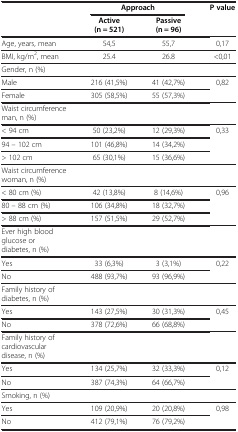
<table><thead><tr><td><b> </b></td><td colspan="2"><b>Approach</b></td><td><b>P value</b></td></tr><tr><td><b> </b></td><td><b>Active (n = 521)</b></td><td><b>Passive (n = 96)</b></td><td><b> </b></td></tr></thead><tbody><tr><td>Age, years, mean</td><td>54,5</td><td>55,7</td><td>0,17</td></tr><tr><td>BMI, kg/m<sup>2</sup>, mean</td><td>25.4</td><td>26.8</td><td>&lt;0,01</td></tr><tr><td>Gender, n (%)</td><td> </td><td> </td><td> </td></tr><tr><td>Male</td><td>216 (41,5%)</td><td>41 (42,7%)</td><td>0,82</td></tr><tr><td>Female</td><td>305 (58,5%)</td><td>55 (57,3%)</td><td> </td></tr><tr><td>Waist circumference man, n (%)</td><td> </td><td> </td><td> </td></tr><tr><td>&lt; 94 cm</td><td>50 (23,2%)</td><td>12 (29,3%)</td><td>0,33</td></tr><tr><td>94 – 102 cm</td><td>101 (46,8%)</td><td>14 (34,2%)</td><td> </td></tr><tr><td>&gt; 102 cm</td><td>65 (30,1%)</td><td>15 (36,6%)</td><td> </td></tr><tr><td>Waist circumference woman, n (%)</td><td> </td><td> </td><td> </td></tr><tr><td>&lt; 80 cm (%)</td><td>42 (13,8%)</td><td>8 (14,6%)</td><td>0,96</td></tr><tr><td>80 – 88 cm (%)</td><td>106 (34,8%)</td><td>18 (32,7%)</td><td> </td></tr><tr><td>&gt; 88 cm (%)</td><td>157 (51,5%)</td><td>29 (52,7%)</td><td> </td></tr><tr><td>Ever high blood glucose or diabetes, n (%)</td><td> </td><td> </td><td> </td></tr><tr><td>Yes</td><td>33 (6,3%)</td><td>3 (3,1%)</td><td>0,22</td></tr><tr><td>No</td><td>488 (93,7%)</td><td>93 (96,9%)</td><td> </td></tr><tr><td>Family history of diabetes, n (%)</td><td> </td><td> </td><td> </td></tr><tr><td>Yes</td><td>143 (27,5%)</td><td>30 (31,3%)</td><td>0,45</td></tr><tr><td>No</td><td>378 (72,6%)</td><td>66 (68,8%)</td><td> </td></tr><tr><td>Family history of cardiovascular disease, n (%)</td><td> </td><td> </td><td> </td></tr><tr><td>Yes</td><td>134 (25,7%)</td><td>32 (33,3%)</td><td>0,12</td></tr><tr><td>No</td><td>387 (74,3%)</td><td>64 (66,7%)</td><td> </td></tr><tr><td>Smoking, n (%)</td><td> </td><td> </td><td> </td></tr><tr><td>Yes</td><td>109 (20,9%)</td><td>20 (20,8%)</td><td>0,98</td></tr><tr><td>No</td><td>412 (79,1%)</td><td>76 (79,2%)</td><td> </td></tr></tbody></table>